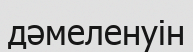
дәмеленуін